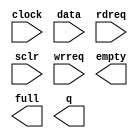
module FIFO_SUM_IN_SQUARED (
	clock,
	data,
	rdreq,
	sclr,
	wrreq,
	empty,
	full,
	q);

	input	  clock;
	input	[25:0]  data;
	input	  rdreq;
	input	  sclr;
	input	  wrreq;
	output	  empty;
	output	  full;
	output	[25:0]  q;

endmodule